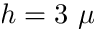
h = 3 ~ \mu